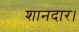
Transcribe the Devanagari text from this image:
शानदार।